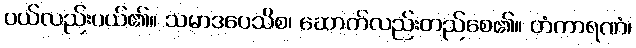
ပယ်လည်းပယ်၏။ သမာဒပေသိစ၊ ဆောက်လည်းတည်စေ၏။ တံကာရဏံ၊